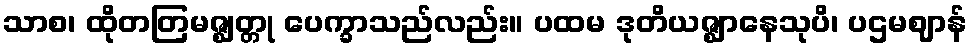
သာစ၊ ထိုတတြမဇ္ဈတ္တု ပေက္ခာသည်လည်း။ ပထမ ဒုတိယဇ္ဈာနေသုပိ၊ ပဌမဈာန်